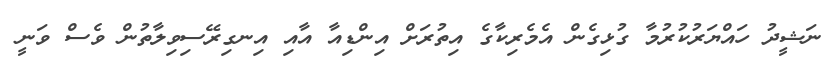
ނަޝީދު ހައްޔަރުކުރުމާ ގުޅިގެން އެމެރިކާގެ އިތުރަށް އިންޑިއާ އާއި އިނގިރޭސިވިލާތުން ވެސް ވަނީ